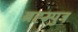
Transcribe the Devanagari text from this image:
ब्रह्म्पुत्र